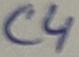
Text: C4